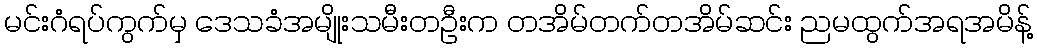
မင်းဂံရပ်ကွက်မှ ဒေသခံအမျိုးသမီးတဦးက တအိမ်တက်တအိမ်ဆင်း ညမထွက်အရအမိန့်